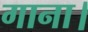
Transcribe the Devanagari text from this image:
गाना।